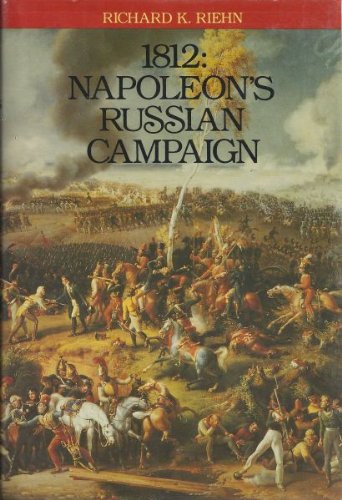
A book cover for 1812: Napoleon's Russian Campaign; Richard K. Riehn; History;